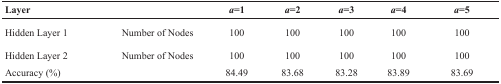
| Layer |  | a=1 | a=2 | a=3 | a=4 | a=5 |
 | --- | --- | --- | --- | --- | --- | --- |
 | Hidden Layer 1 | Number of Nodes | 100 | 100 | 100 | 100 | 100 |
 | Hidden Layer 2 | Number of Nodes | 100 | 100 | 100 | 100 | 100 |
 | <COLSPAN=2> Accuracy (%) | 84.49 | 83.68 | 83.28 | 83.89 | 83.69 |